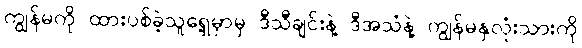
ကျွန်မကို ထားပစ်ခဲ့သူရှေ့မှာမှ ဒီသီချင်းနဲ့ ဒီအသံနဲ့ ကျွန်မနှလုံးသားကို